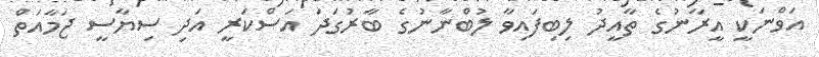
އަވްނަކީ އީރާނުގެ ތާއީދު ލިބިފައިވާ ލުބްނާނުގެ ބާރުގަދަ އަސްކަރީ އަދި ސިޔާސީ ޖަމާއަތް